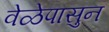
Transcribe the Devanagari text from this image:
वेळेपासुन